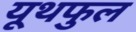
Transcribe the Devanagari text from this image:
यूथफुल